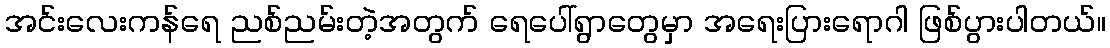
အင်းလေးကန်ရေ ညစ်ညမ်းတဲ့အတွက် ရေပေါ်ရွာတွေမှာ အရေးပြားရောဂါ ဖြစ်ပွားပါတယ်။